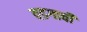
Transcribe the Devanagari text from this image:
वडगावी